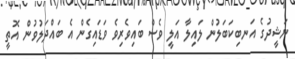
ނަޝީދުގެ އަނބިކަބަލުން ލައިލާ އަލީ ވެސް ބައިވެރިވެ ވަޑައިގެން އެ ބައްދަލުވުން އޮތީ